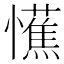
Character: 𢤼